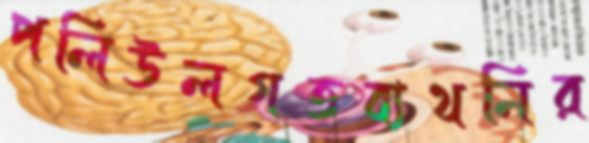
পলিউলগতব্যথনির